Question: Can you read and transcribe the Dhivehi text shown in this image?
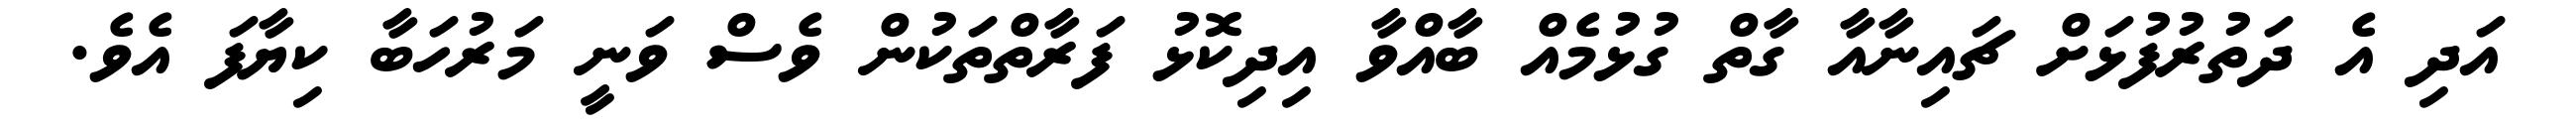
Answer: އަދި އެ ދަތުރުފުޅަށް ޗައިނާއާ ގާތް ގުޅުމެއް ބާއްވާ އިދިކޮޅު ފަރާތްތަކުން ވެސް ވަނީ މަރުހަބާ ކިޔާފަ އެވެ.